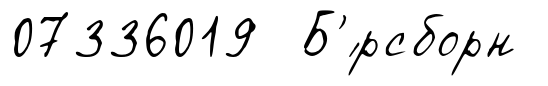
07336019 Б'́рсборн